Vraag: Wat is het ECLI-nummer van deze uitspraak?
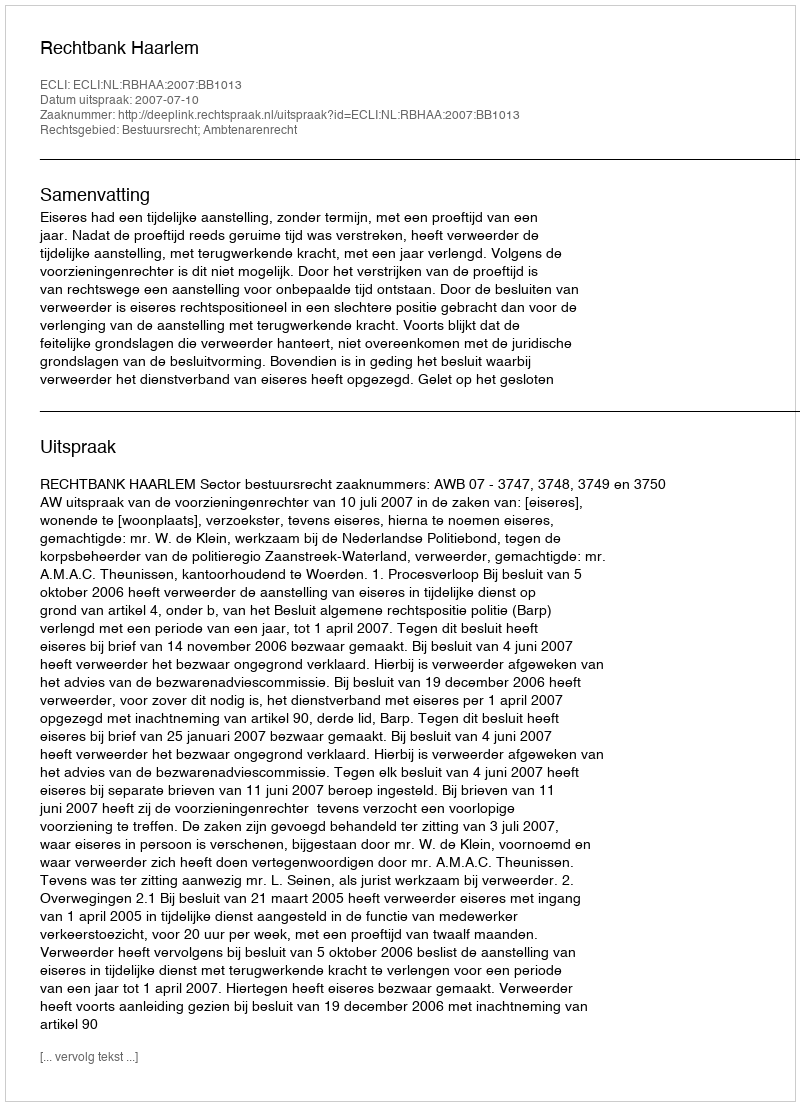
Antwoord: ECLI:NL:RBHAA:2007:BB1013